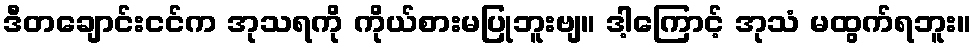
ဒီတချောင်းငင်က အုသရကို ကိုယ်စားမပြုဘူးဗျ။ ဒါ့ကြောင့် အုသံ မထွက်ရဘူး။